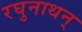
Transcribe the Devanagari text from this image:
रघुनाथन्